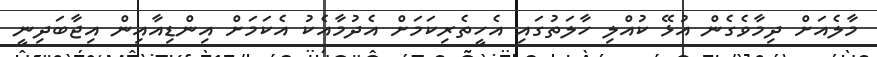
މާލެއަށް ދިމާވެގެން އުޅޭ ކުއްލި ހާލަތުގައި އެހީތެރިކަމަށް އެދުމާއެކު އެކަމަށް އިންޑިއާއިން އިޖާބަދިނީ